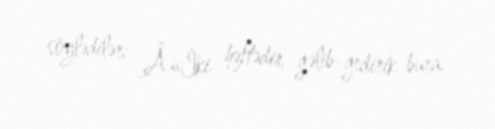
söylədilər: Â«İki həftədir gəlib-gedirik bura.